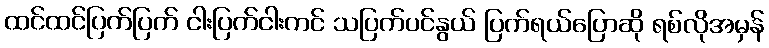
ထင်ထင်ပြက်ပြက် ငါးပြက်ငါးကင် သပြက်ပင်နွယ် ပြက်ရယ်ပြောဆို ရစ်လိုအမှန်